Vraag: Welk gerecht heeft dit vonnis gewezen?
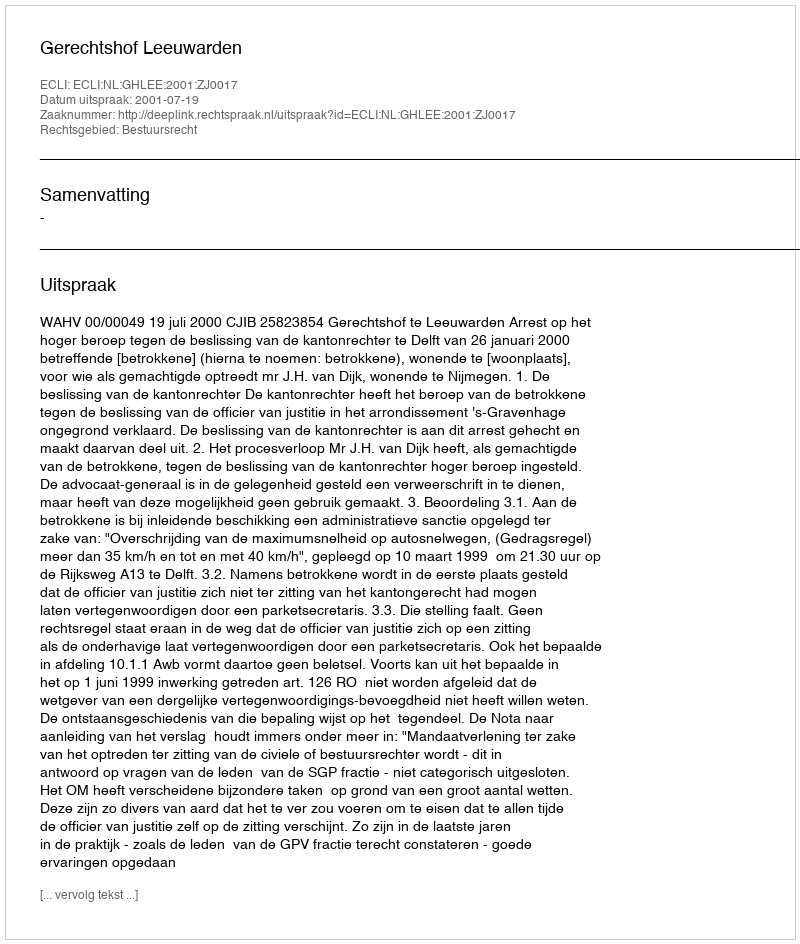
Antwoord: Gerechtshof Leeuwarden